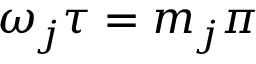
\omega _ { j } \tau = m _ { j } \pi